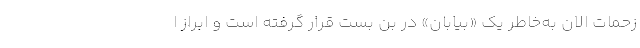
زحمات الان به‌خاطر یک «بیابان» در بن بست قرار گرفته است و ابراز ا